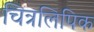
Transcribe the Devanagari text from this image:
चित्रलिपिक